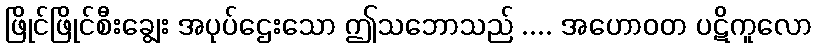
ဖြိုင်ဖြိုင်စီးချွေး အပုပ်ဌေးသော ဤသဘောသည် .... အဟောဝတ ပဋိကူလော